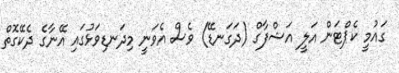
ގައުމީ ކެޕްޓަން އަލީ އަޝްފާގް (ދަގަނޑޭ) ވެސް އެވަނީ މިދަނޑިވަޅުގައި އޭނާގެ ދެކޭގޮތް